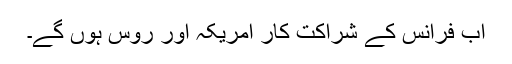
اب فرانس کے شراکت کار امریکہ اور روس ہوں گے۔